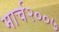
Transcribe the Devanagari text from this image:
मार्च२००७